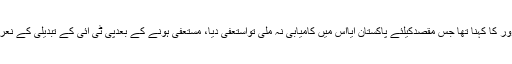
چوہدری محمد سرور کا کہنا تھا جس مقصدکیلئے پاکستان آیااس میں کامیابی نہ ملی تواستعفیٰ دیا، مستعفی ہونے کے بعدپی ٹی آئی کے تبدیلی کے نعرے کیساتھ چل پڑا۔